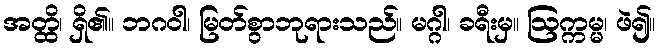
အတ္ထိ၊ ရှိ၏။ ဘဂဝါ၊ မြတ်စွာဘုရားသည်။ မဂ္ဂါ၊ ခရီးမှ။ ဩက္ကမ္မ၊ ဖဲ၍။